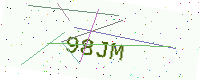
Text: 98JM